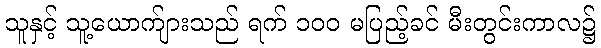
သူနှင့် သူ့ယောက်ျားသည် ရက် ၁၀၀ မပြည့်ခင် မီးတွင်းကာလ၌